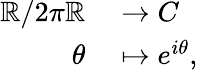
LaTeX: \begin{array}{rl}{\mathbb{R}/2\pi\mathbb{R}}&{{}\to C}\\ {\theta}&{{}\mapsto e^{i\theta},}\end{array}